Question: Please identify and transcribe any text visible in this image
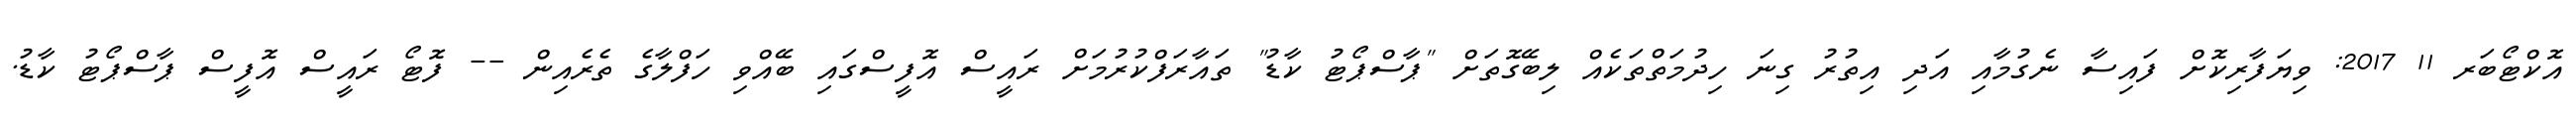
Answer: އޮކްޓޯބަރ 11 2017: ވިޔަފާރިކޮށް ފައިސާ ނެގުމާއި އަދި އިތުރު ގިނަ ހިދުމަތްތަކެއް ލިބޭގޮތަށް "ޕާސްޕޯޓު ކާޑު" ތައާރަފްކުރުމަށް ރައީސް އޮފީސްގައި ބޭއްވި ހަފްލާގެ ތެރެއިން -- ފޮޓޯ ރައީސް އޮފީސް ޕާސްޕޯޓު ކާޑު.